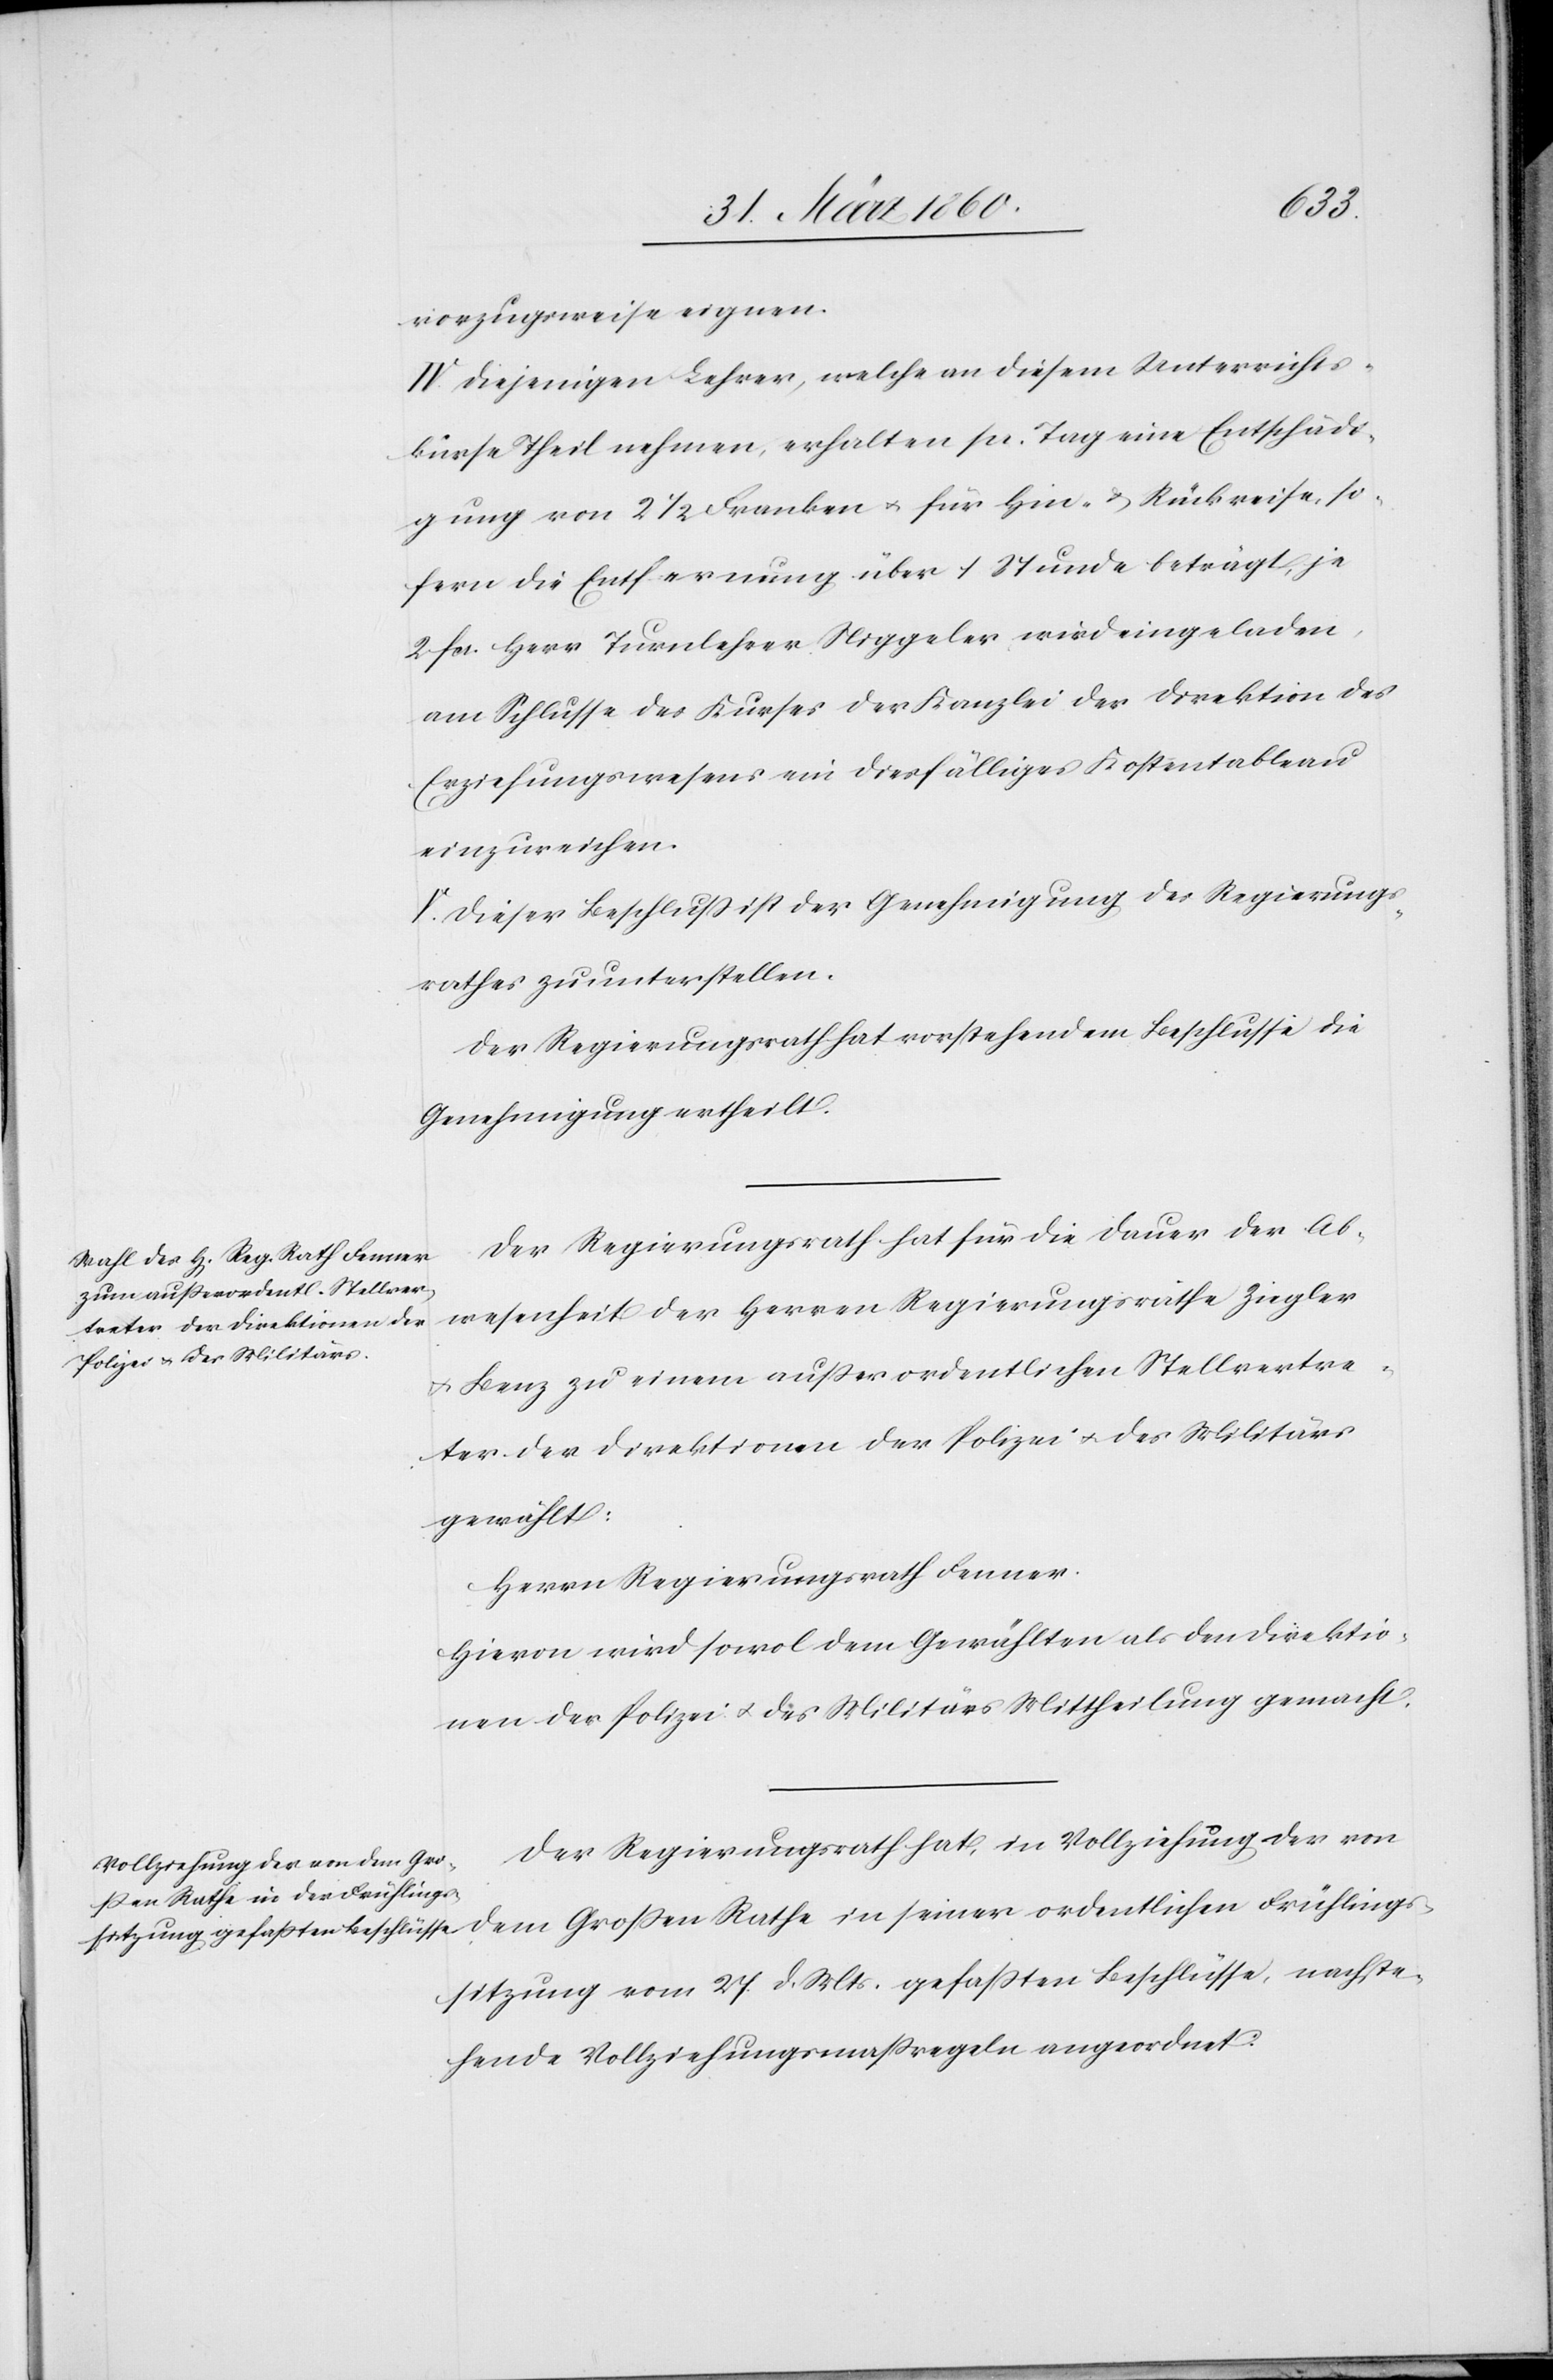
vorzugsweise eignen.
IV. Diejenigen Lehrer, welche an diesem Unterrichts¬
kurse theil nehmen, erhalten pr. Tag eine Entschädi¬
gung von 2 1/2 Franken u. für Hin- u. Rückreise, so¬
fern die Entfernung über 1 Stunde beträgt, je
2 fcs. Herr Turnlehrer Niggeler wird eingeladen,
am Schlusse des Kurses der Kanzlei der Direktion des
Erziehungswesens ein diesfälliges Kostentableau
einzureichen.
V. Dieser Beschluss ist der Genehmigung des Regierungs¬
rathes zu unterstellen.
Der Regierungsrath hat vorstehendem Beschlusse die
Genehmigung ertheilt.
Der Regierungsrath hat für die Dauer der Ab¬
wesenheit der Herren Regierungsräthe Ziegler
u. Benz zu einem außerordentlichen Stellvertre¬
ter der Direktionen der Polizei u. des Militärs
gewählt:
Herrn Regierungsrath Fenner.
Hievon wird sowol dem Gewählten als den Direktio¬
nen der Polizei u. des Militärs Mittheilung gemacht.
Der Regierungsrath hat, in Vollziehung des von
dem Grossen Rathe in seiner ordentlichen Frühlings¬
sitzung vom 27. d. Mts. gefassten Beschlüsse, nachste¬
hende Vollziehungsmassregeln angeordnet: